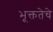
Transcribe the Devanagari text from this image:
भूक्ततेचे